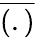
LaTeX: \overline{{(.)}}